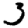
Digit: 3